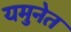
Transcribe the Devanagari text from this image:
यमुनेत